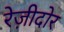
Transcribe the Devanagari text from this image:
रेज़ीदोर